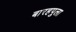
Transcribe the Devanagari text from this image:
बारहपुला